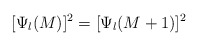
\begin{align*}[\Psi_l(M)]^2=[\Psi_l(M+1)]^2\end{align*}